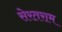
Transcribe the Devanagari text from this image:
सेरतराम